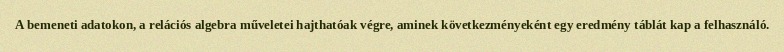
A bemeneti adatokon, a relációs algebra műveletei hajthatóak végre, aminek következményeként egy eredmény táblát kap a felhasználó.